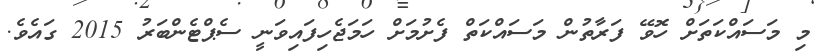
މި މަސައްކަތަށް ހޮވޭ ފަރާތުން މަސައްކަތް ފެށުމަށް ހަމަޖެހިފައިވަނީ ސެޕްޓެންބަރު 2015 ގައެވެ.